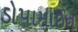
ડોપામાઈન